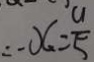
\therefore x = \frac { a } { 5 }